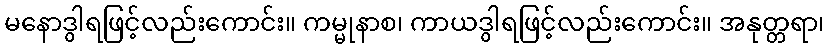
မနောဒွါရဖြင့်လည်းကောင်း။ ကမ္မုနာစ၊ ကာယဒွါရဖြင့်လည်းကောင်း။ အနုတ္တရာ၊